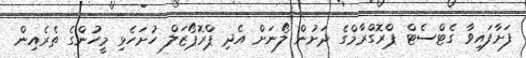
ފަށާފައިވާ ގެޓްސެޓް ޕްރޮގްރާމްގެ ދަށުން ލޯނަށް އެދި ޕްރޮޕޯޒަލް ހުށަހެޅި މީހުންގެ ތެރެއިން